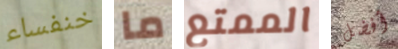
خنفساء ما الممتع أفضل